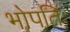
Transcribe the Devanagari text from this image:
भोपतिः